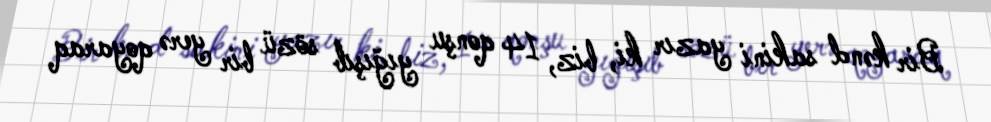
Bir kənd sakini yazır ki, biz, 14 qonşu yığışıb sözü bir yerə qoyaraq